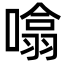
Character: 噏